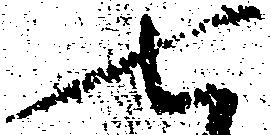
七